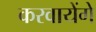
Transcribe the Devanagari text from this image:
करवायेंगे